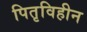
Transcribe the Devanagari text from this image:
पितृविहीन